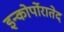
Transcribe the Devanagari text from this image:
इन्कोर्पोरातेद